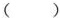
( )